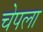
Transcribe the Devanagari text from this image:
चेपला